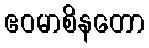
ဧဝမာစိနတော